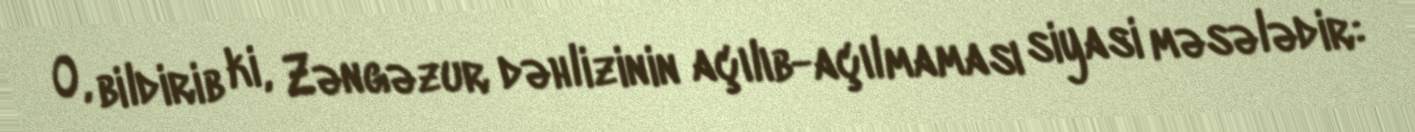
O, bildirib ki, Zəngəzur dəhlizinin açılıb-açılmaması siyasi məsələdir: